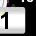
Digit: 1